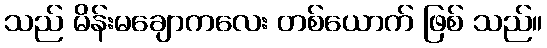
သည် မိန်းမချောကလေး တစ်ယောက် ဖြစ် သည်။